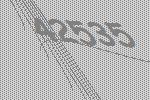
42535